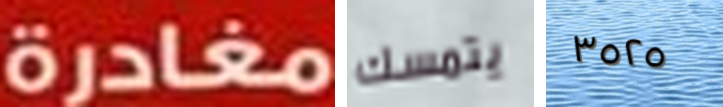
مغادرة يتمسك ٣٥٢٥